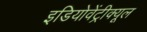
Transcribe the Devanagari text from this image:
इडियोवेंट्रीक्यूल